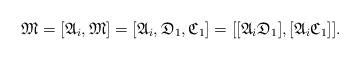
LaTeX: \begin{align*}\mathfrak{M} = [\mathfrak{A}_{i}, \mathfrak{M}] = [\mathfrak{A}_{i}, \mathfrak{D}_{1}, \mathfrak{C}_{1}] = [[\mathfrak{A}_{i} \mathfrak{D}_{1}], [\mathfrak{A}_{i} \mathfrak{C}_{1}]].\end{align*}